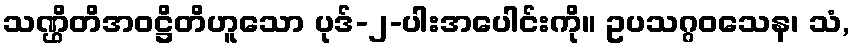
သဏ္ဌိတိအဝဋ္ဌိတိဟူသော ပုဒ်-၂-ပါးအပေါင်းကို။ ဥပသဂ္ဂဝသေန၊ သံ,